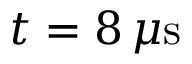
t = 8 \, \mu \mathrm { s }